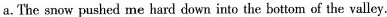
a.The snow pushed me hard down into the bottom of the valley.